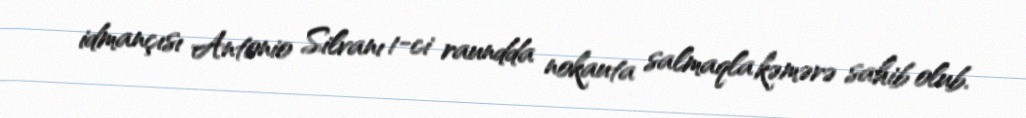
idmançısı Antonio Silvanı 1-ci raundda nokauta salmaqla kəmərə sahib olub.